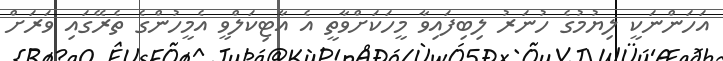
އަހަންނަކީ ލިޔުމުގެ ހުނަރު ލިބިފައިވާ މީހަކަށްވާތީ އެ އާޓިކަލްވީ އެމީހުންގެ ތެރޭގައި ވަރަށް